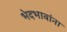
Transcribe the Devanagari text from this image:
भेदभावांना